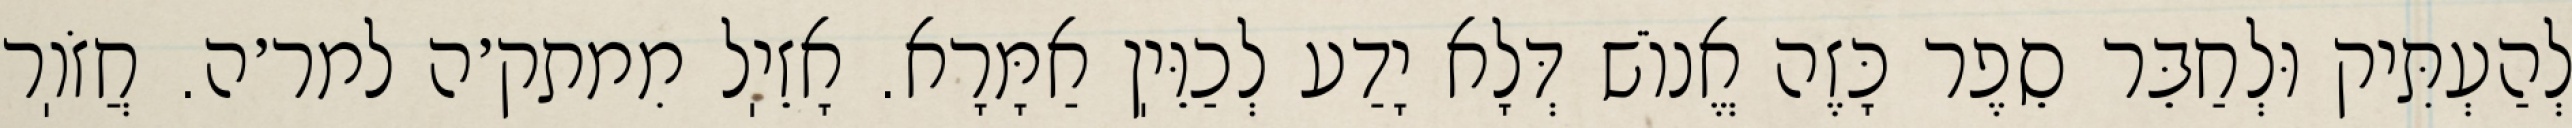
לְהַעְתִּיק וּלְחַבֵּר סֵפֶר כָּזֶה אֱנוֹשׁ דְּלָא יָדַע לְכַוֵּיֽן אַמָּרָא. אָזֵיֽל מִמתק׳ה למר׳ה. חֲזֹוֽר